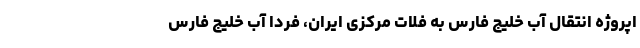
اپروژه انتقال آب خلیج فارس به فلات مرکزی ایران، فردا آب خلیج فارس